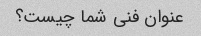
عنوان فنی شما چیست؟